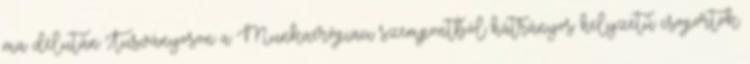
ma délután Tusványoson a Munkaerőpiaci szempontból hátrányos helyzetű csoportok